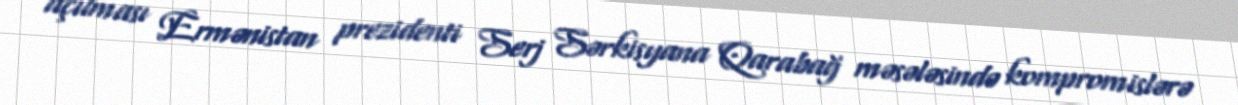
açılması Ermənistan prezidenti Serj Sərkisyana Qarabağ məsələsində kompromislərə